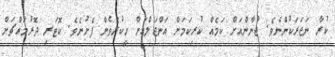
ކުރާ ނަޒަރަކުންނެވެ. ޖުނާންއަށް ކަމެއް ކުރިކަމަށް އަންޖަލްއަށް ހީކުރެވެން ފެށުނެވެ. ކޮޓަރި ދޮރުމައްޗަށް